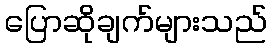
ပြောဆိုချက်များသည်